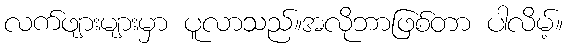
လက်ဖျားများမှာ ပူလာသည်။အလိုဘာဖြစ်တာ ပါလိမ့်။